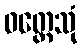
ဝတ္တေသုံ